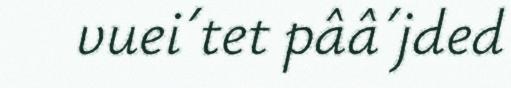
vuei´tet pââ´jded